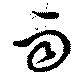
雨